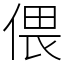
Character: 偎